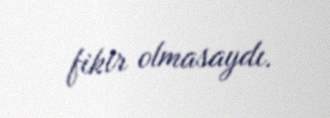
fikir olmasaydı.